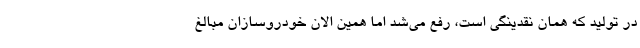
در تولید که همان نقدینگی است، رفع می‌شد اما همین الان خودروسازان مبالغ